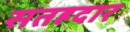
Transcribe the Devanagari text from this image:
सतहदार